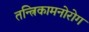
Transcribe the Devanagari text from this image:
तन्त्रिकामनोरोग